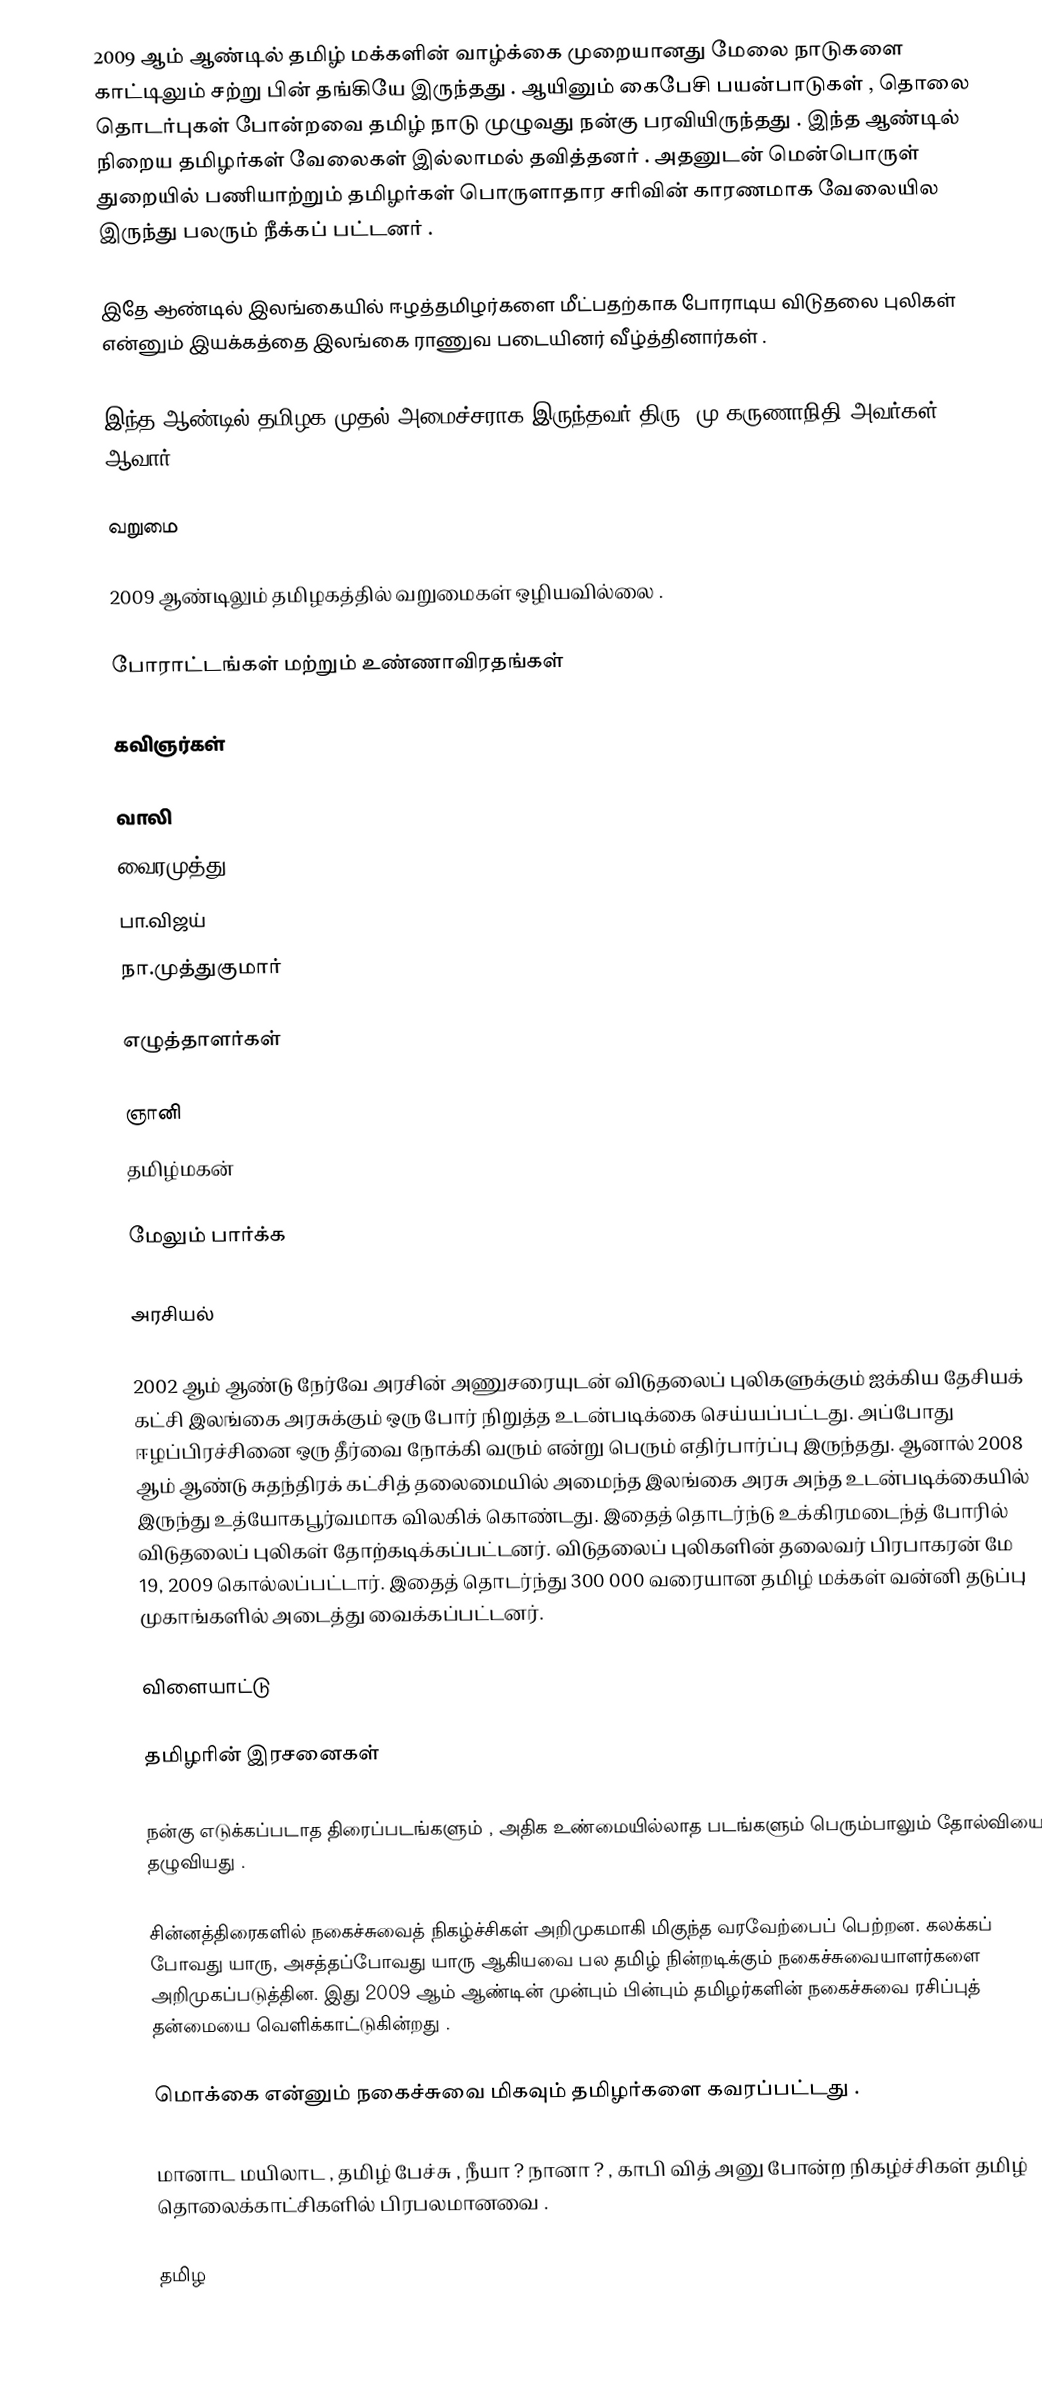
2009 ஆம் ஆண்டில் தமிழ் மக்களின் வாழ்க்கை முறையானது மேலை நாடுகளை காட்டிலும் சற்று பின் தங்கியே இருந்தது . ஆயினும் கைபேசி பயன்பாடுகள் , தொலை தொடர்புகள் போன்றவை தமிழ் நாடு முழுவது நன்கு பரவியிருந்தது . இந்த ஆண்டில் நிறைய தமிழர்கள் வேலைகள் இல்லாமல் தவித்தனர் . அதனுடன் மென்பொருள் துறையில் பணியாற்றும் தமிழர்கள் பொருளாதார சரிவின் காரணமாக வேலையில இருந்து பலரும் நீக்கப் பட்டனர் .

இதே ஆண்டில் இலங்கையில் ஈழத்தமிழர்களை மீட்பதற்காக போராடிய விடுதலை புலிகள் என்னும் இயக்கத்தை இலங்கை ராணுவ படையினர் வீழ்த்தினார்கள் .

இந்த ஆண்டில் தமிழக முதல் அமைச்சராக இருந்தவர் திரு. மு.கருணாநிதி அவர்கள் ஆவார் .

வறுமை

2009 ஆண்டிலும் தமிழகத்தில் வறுமைகள் ஒழியவில்லை .

போராட்டங்கள் மற்றும் உண்ணாவிரதங்கள்

கவிஞர்கள்

 வாலி
 வைரமுத்து
 பா.விஜய்
 நா.முத்துகுமார்

எழுத்தாளர்கள்

 ஞானி
 தமிழ்மகன்

மேலும் பார்க்க

அரசியல்

2002 ஆம் ஆண்டு நேர்வே அரசின் அணுசரையுடன் விடுதலைப் புலிகளுக்கும் ஐக்கிய தேசியக் கட்சி இலங்கை அரசுக்கும் ஒரு போர் நிறுத்த உடன்படிக்கை செய்யப்பட்டது. அப்போது ஈழப்பிரச்சினை ஒரு தீர்வை நோக்கி வரும் என்று பெரும் எதிர்பார்ப்பு இருந்தது. ஆனால் 2008 ஆம் ஆண்டு சுதந்திரக் கட்சித் தலைமையில் அமைந்த இலங்கை அரசு அந்த உடன்படிக்கையில் இருந்து உத்யோகபூர்வமாக விலகிக் கொண்டது. இதைத் தொடர்ந்டு உக்கிரமடைந்த் போரில் விடுதலைப் புலிகள் தோற்கடிக்கப்பட்டனர். விடுதலைப் புலிகளின் தலைவர் பிரபாகரன் மே 19, 2009 கொல்லப்பட்டார். இதைத் தொடர்ந்து 300 000 வரையான தமிழ் மக்கள் வன்னி தடுப்பு முகாங்களில் அடைத்து வைக்கப்பட்டனர்.

விளையாட்டு

தமிழரின் இரசனைகள்

நன்கு எடுக்கப்படாத திரைப்படங்களும் , அதிக உண்மையில்லாத படங்களும் பெரும்பாலும் தோல்வியை தழுவியது .

சின்னத்திரைகளில் நகைச்சுவைத் நிகழ்ச்சிகள் அறிமுகமாகி மிகுந்த வரவேற்பைப் பெற்றன. கலக்கப் போவது யாரு, அசத்தப்போவது யாரு ஆகியவை பல தமிழ் நின்றடிக்கும் நகைச்சுவையாளர்களை அறிமுகப்படுத்தின. இது 2009 ஆம் ஆண்டின் முன்பும் பின்பும் தமிழர்களின் நகைச்சுவை ரசிப்புத் தன்மையை வெளிக்காட்டுகின்றது .

மொக்கை என்னும் நகைச்சுவை மிகவும் தமிழர்களை கவரப்பட்டது .

மானாட மயிலாட , தமிழ் பேச்சு , நீயா ? நானா ? , காபி வித் அனு போன்ற நிகழ்ச்சிகள் தமிழ் தொலைக்காட்சிகளில் பிரபலமானவை .

தமிழ